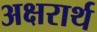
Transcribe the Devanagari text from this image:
अक्षरार्थ